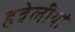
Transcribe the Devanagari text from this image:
हवेलीयां